65_HS1-834228961_62-HQ-83894_Section_7
Agency: FBI
Page 105
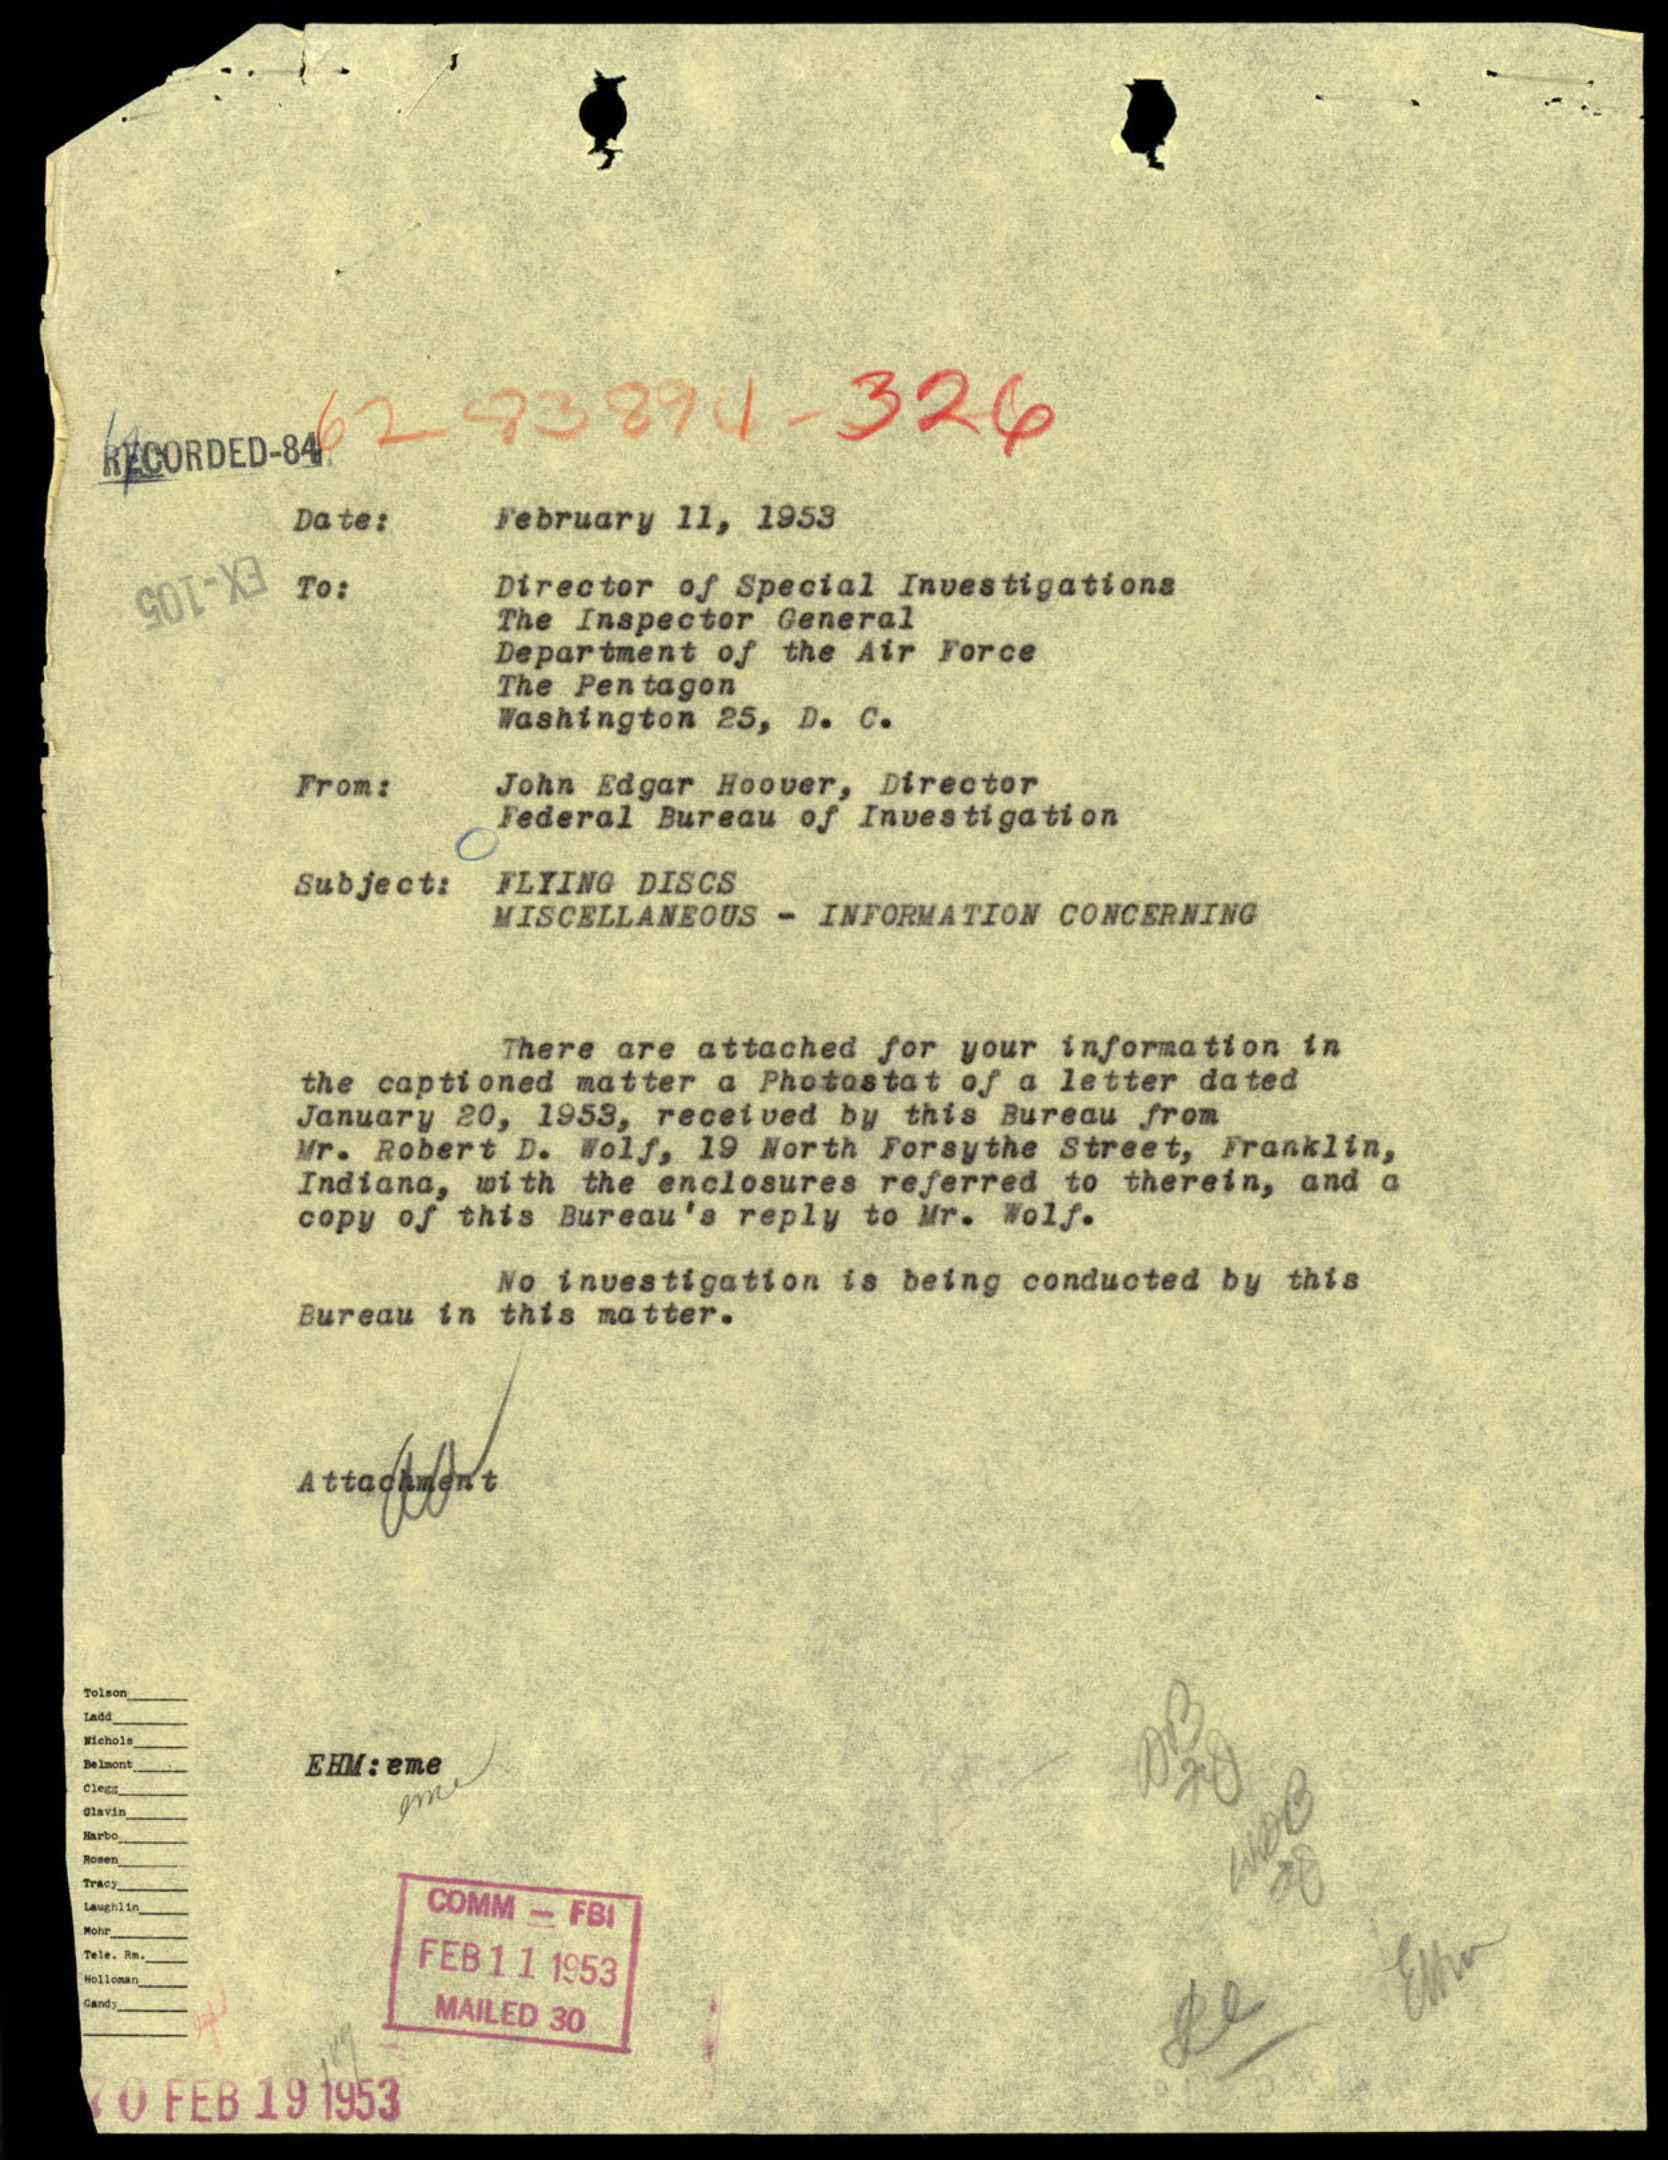